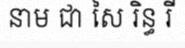
នាម ជា សៃ រិន្ធ រី